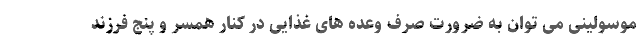
موسولینی می توان به ضرورت صرف وعده های غذایی در کنار همسر و پنج فرزند